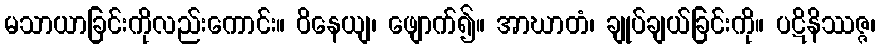
မသာယာခြင်းကိုလည်းကောင်း။ ဝိနေယျ၊ ဖျောက်၍။ အာဃာတံ၊ ချုပ်ချယ်ခြင်းကို။ ပဋိနိဿဇ္ဇ၊